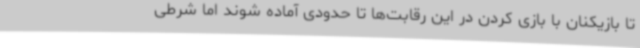
تا بازیکنان با بازی کردن در این رقابت‌ها تا حدودی آماده شوند اما شرطی